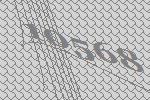
10568